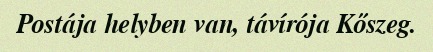
Postája helyben van, távírója Kőszeg.